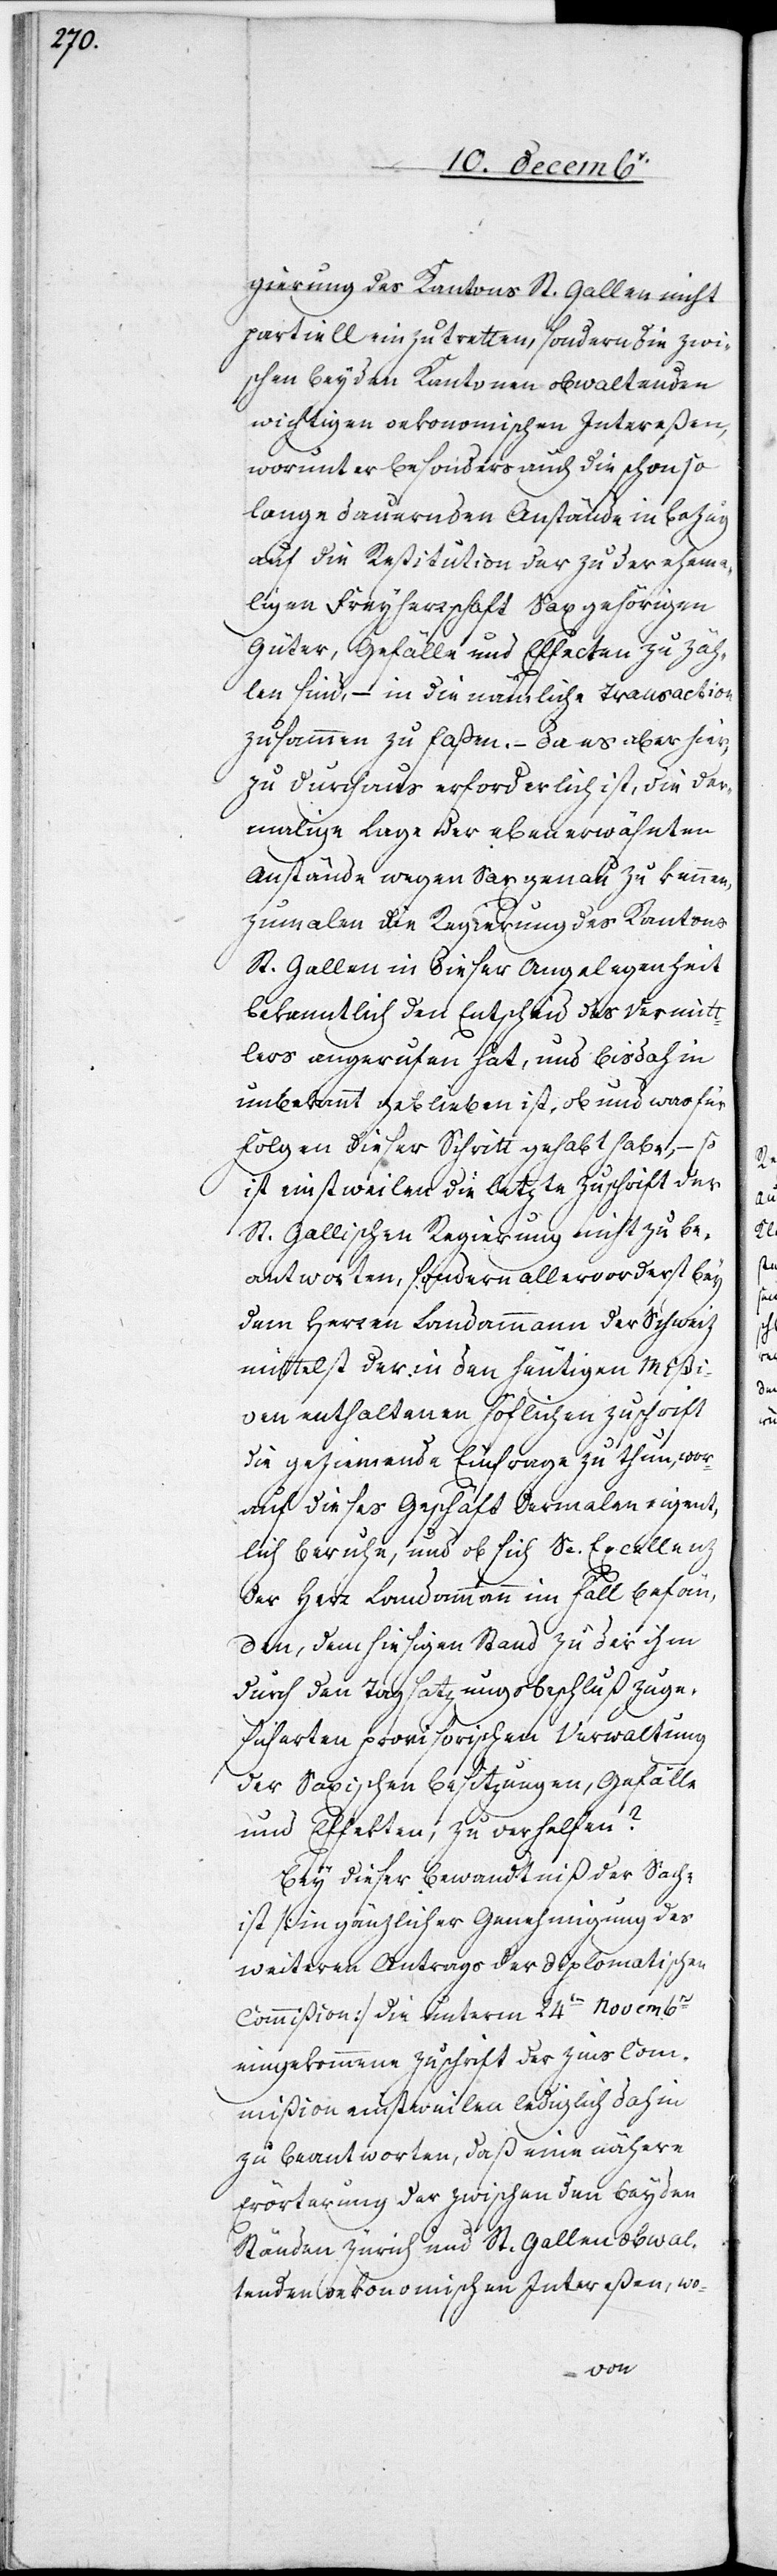
gierung des Kantons St. Gallen nicht
partiell einzutretten, sondern die zwi¬
schen beyden Kantonen obwaltenden
wichtigen oekonomischen Intereßen,
worunter besonders auch die schon so
lange dauernden Anstände in Bezug
auf die Restitution der zu der ehemah¬
ligen Freyherrschaft Sax gehörigen
Güter, Gefälle und Effecten zu zäh¬
len sind, – in die nämliche Transaction
zusammen zu faßen. – Da es aber hier¬
zu durchaus erforderlich ist, die der¬
malige Lage der eben erwähnten
Anstände wegen Sax genau zu kennen,
zumalen die Regierung des Kantons
St. Gallen in dieser Angelegenheit
bekanntlich den Entscheid des Vermitt¬
lers angerufen hat, und bis dahin
unbekannt geblieben ist, ob und was für
Folgen dieser Schritt gehabt habe, – so
ist einstweilen die letzte Zuschrift der
St. Gallischen Regierung nicht zu be¬
antworten, sondern allervorderst bey
dem Herren Landammann der Schweiz
mittelst der in den heutigen Mißi¬
ven enthaltenen höflichen Zuschrift
die geziemende Einfrage zu thun, wor¬
auf dieses Geschäft dermalen eigent¬
lich beruhe, und ob sich Se. Excellenz,
der Herr Landammann im Fall befän¬
den, dem hiesigen Stand zu der ihm
durch den Tagsatzungsbeschluß zuge¬
sicherten provisorischen Verwaltung
der Saxischen Besitzungen, Gefälle
und Effekten, zu verhelfen?
Bey dieser Bewandtniß der Sache
ist [in gänzlicher Genehmigung des
weiteren Antrags der diplomatischen
Commißion] die unterm 24ten Novembrs
eingekommene Zuschrift der Zins[-]Com¬
mißion einstweilen lediglich dahin
zu beantworten, daß eine nähere
Erörterung der zwischen den beyden
Ständen Zürich und St. Gallen obwal¬
tenden oekonomischen Intereßen, wo-